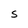
Character: S